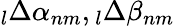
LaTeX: \phantom{}_{l}\Delta\alpha_{nm},\phantom{}_{l}\Delta\beta_{nm}